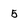
Character: 5